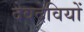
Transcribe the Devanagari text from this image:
देवदेवियों